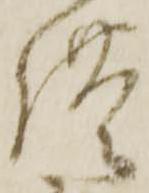
供